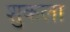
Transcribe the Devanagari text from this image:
शुकला